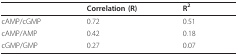
|  | Correlation (R) | R2 |
 | --- | --- | --- |
 | cAMP/cGMP | 0.72 | 0.51 |
 | cAMP/AMP | 0.42 | 0.18 |
 | cGMP/GMP | 0.27 | 0.07 |